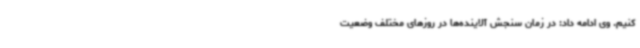
کنیم. وی ادامه داد: در زمان سنجش آلاینده‌ها در روزهای مختلف وضعیت